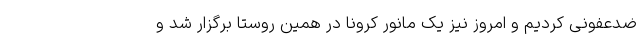
ضدعفونی کردیم و امروز نیز یک مانور کرونا در همین روستا برگزار شد و